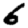
Digit: 6